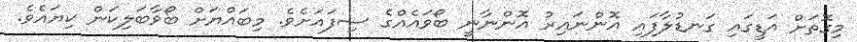
މިގޮތަށް އަޑީގައި ގަނޑުލާފައި އޮންނައިރު އޮންނާނީ ބޯވައެއްގެ ސިފައަށެވެ. މިބައްޔަށް ބޯވާބަލިކަން ކިޔައެވެ.